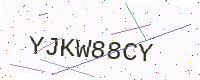
Text: YJKW88CY